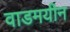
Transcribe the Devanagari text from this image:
वाडमयीन